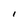
Character: I